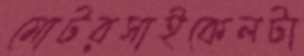
মোটরসাইকেলটা